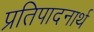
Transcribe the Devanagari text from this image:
प्रतिपादनार्थ